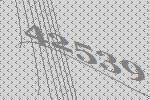
42539